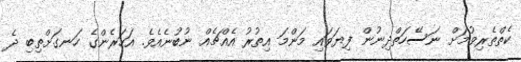
ކެތްތެރިވުމަށް ނަސޭހަތްދިނުން ފިޔަވައި މަންމަ އިތުރު އެއްޗެއް ނުބުނެއެވެ. އަހަރެންގެ ހަނގަށްތިބި ދެ